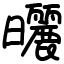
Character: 曬